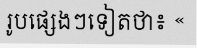
រូបផ្សេងៗទៀតថា៖ «